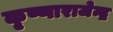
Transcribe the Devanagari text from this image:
कृष्णाराजेन्द्र